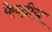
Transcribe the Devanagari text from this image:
केन्‍द्रीय